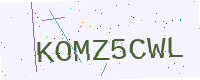
Text: KOMZ5CWL